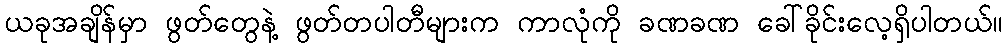
ယခုအချိန်မှာ ဖွတ်တွေနဲ့ ဖွတ်တပါတီများက ကာလုံကို ခဏခဏ ခေါ်ခိုင်းလေ့ရှိပါတယ်။